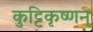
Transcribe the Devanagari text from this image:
कुट्टिकृष्णन्